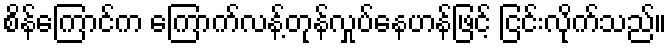
စိန်ကြောင်က ကြောက်လန့်တုန်လှုပ်နေဟန်ဖြင့် ငြင်းလိုက်သည်။